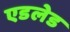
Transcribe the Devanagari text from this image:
एडलेड